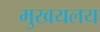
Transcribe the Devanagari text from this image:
मुखयलय